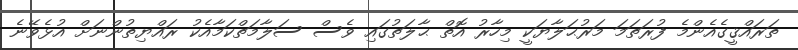
ތަރައްޤީގެއެންމެ ފުރަތަމަ މަރުޙަލާޔަކީ މިހާރު އޮތް ޙާލަތުގައި ވެސް ސަލާމަތްކަމާއެކު ރައްޔިތުންނަށް އުޅެވޭނެ